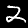
Digit: 2